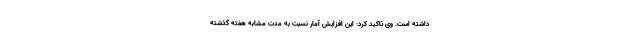
داشته است. وی تاکید کرد: این افزایش آمار نسبت به مدت مشابه هفته گذشته